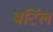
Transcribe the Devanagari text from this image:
बर्टिल